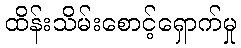
ထိန်းသိမ်းစောင့်ရှောက်မှု